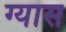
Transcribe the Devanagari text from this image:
ग्यास